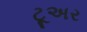
ટૂઅર